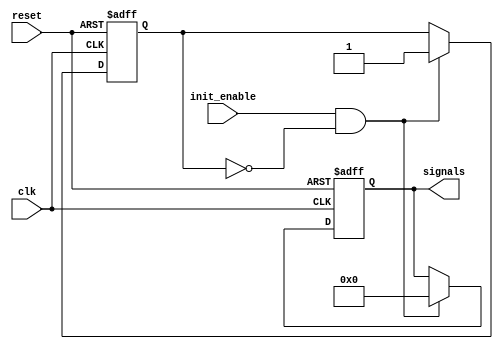
module configurable_initial_conditions #(
    parameter integer NUM_SIGNALS = 4, // Number of signals to initialize
    parameter [NUM_SIGNALS-1:0] INITIAL_VALUES = {4'b0000} // Default initial values
) (
    input wire clk,              // Clock signal
    input wire reset,            // Reset signal
    input wire init_enable,      // Enable for initialization
    output reg [NUM_SIGNALS-1:0] signals // Output signals
);

// Internal signals for conditional initialization
reg initialized;

// Initial block for setting initial conditions
initial begin
    signals = INITIAL_VALUES; // Set initial conditions from parameters
    initialized = 1'b0;       // Mark as not initialized
end

// Always block for handling reset and initialization
always @(posedge clk or posedge reset) begin
    if (reset) begin
        // Reset all signals to initial values
        signals <= INITIAL_VALUES;
        initialized <= 1'b0; // Mark as not initialized after reset
    end else if (init_enable && !initialized) begin
        // Perform initialization if enabled and not already initialized
        signals <= INITIAL_VALUES;
        initialized <= 1'b1; // Mark as initialized
    end
end

endmodule